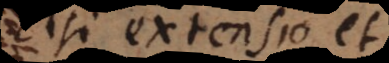
si extensio et